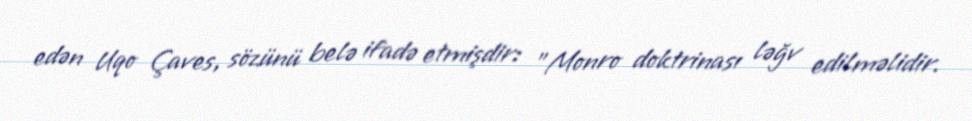
edən Uqo Çaves, sözünü belə ifadə etmişdir: "Monro doktrinası ləğv edilməlidir.